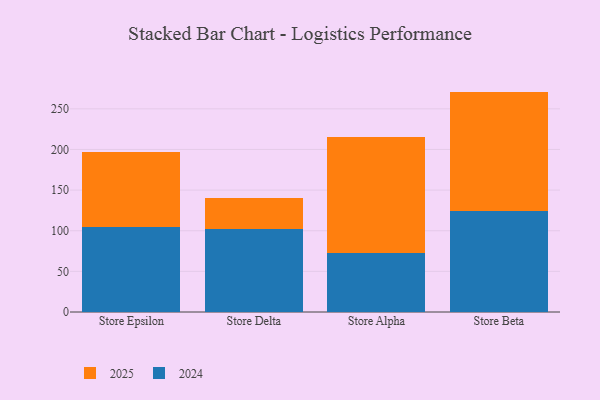
{"axis": {"x": "Store", "y": "Inventory Turnover"}, "legend": ["2024", "2025"], "data": [{"x": "Store Epsilon", "y": 92.4, "type": "2025"}, {"x": "Store Epsilon", "y": 104.7, "type": "2024"}, {"x": "Store Delta", "y": 38.0, "type": "2025"}, {"x": "Store Delta", "y": 102.6, "type": "2024"}, {"x": "Store Alpha", "y": 142.1, "type": "2025"}, {"x": "Store Alpha", "y": 72.9, "type": "2024"}, {"x": "Store Beta", "y": 147.5, "type": "2025"}, {"x": "Store Beta", "y": 123.7, "type": "2024"}]}